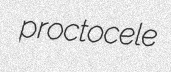
proctocele